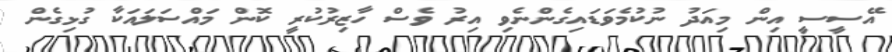
އޭސީސީ އިން މިއަދު ނުކުމެވަޑައިގެންނެވި އިރު ވެސް ހާޒިރުކުރީ ކޮން މައްސަލައަކާ ގުޅިގެން